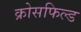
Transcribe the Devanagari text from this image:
क्रोसफिल्ड